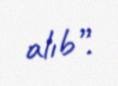
alıb”.